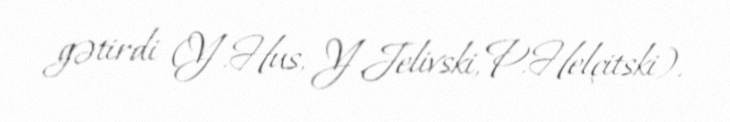
gətirdi (Y.Hus, Y.Jelivski, P.Helçitski).